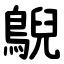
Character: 鶃